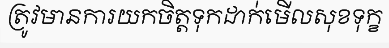
ត្រូវមានការយកចិត្តទុកដាក់មើលសុខទុក្ខ